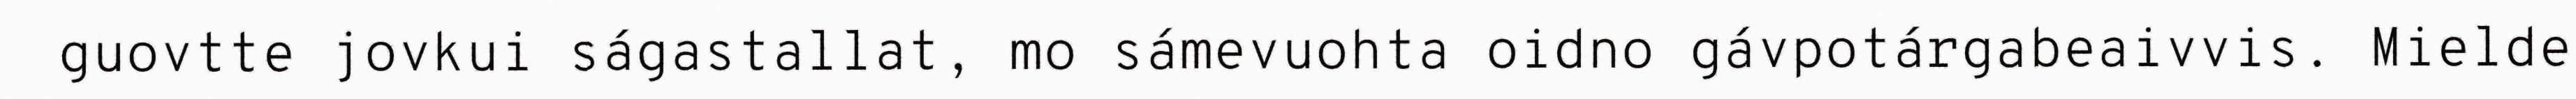
guovtte jovkui ságastallat, mo sámevuohta oidno gávpotárgabeaivvis. Mielde